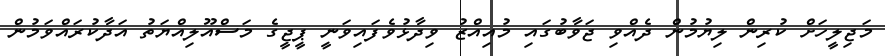
މަޖިލީހަށް ކުރިން ލިޔުމުން ދެއްވި ޖަވާބުގައި މުއިއްޒު ވިދާޅުވެފައިވަނީ ޕީޖީގެ މަސްއޫލިއްޔަތު އަދާކުރައްވަމުން